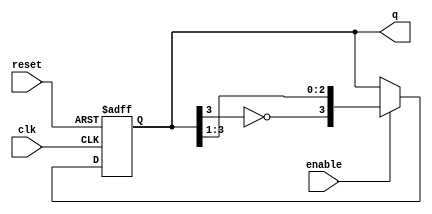
module johnson_counter (
    input wire clk,          // Clock input
    input wire enable,       // Enable signal
    input wire reset,        // Asynchronous reset signal
    output reg [3:0] q       // 4-bit output for the counter state
);

    // Asynchronous reset and counting logic
    always @(posedge clk or posedge reset) begin
        if (reset) begin
            q <= 4'b0000;    // Reset the counter to 0
        end else if (enable) begin
            // Johnson counter logic
            q <= {~q[3], q[3:1]}; // Shift and invert the last bit
        end
    end

endmodule